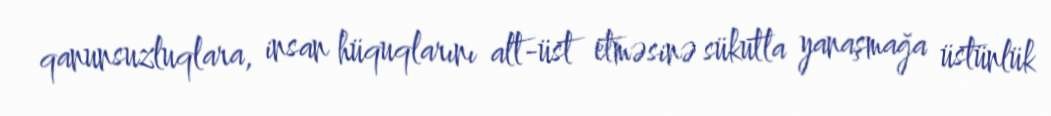
qanunsuzluqlara, insan hüquqlarını alt-üst etməsinə sükutla yanaşmağa üstünlük